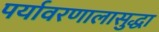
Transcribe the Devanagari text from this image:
पर्यावरणालासुद्धा